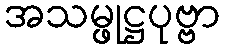
အသမ္ဖုဋ္ဌပုဗ္ဗာ